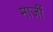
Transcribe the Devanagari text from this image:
माजीं